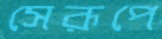
সেরূপে